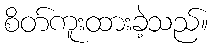
စိတ်ကူးထားခဲ့သည်။